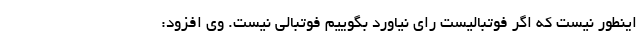
اینطور نیست که اگر فوتبالیست رای نیاورد بگوییم فوتبالی نیست. وی افزود: